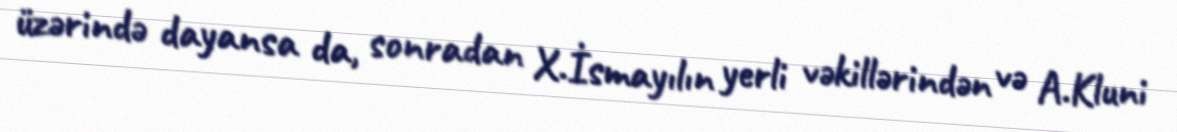
üzərində dayansa da, sonradan X.İsmayılın yerli vəkillərindən və A.Kluni